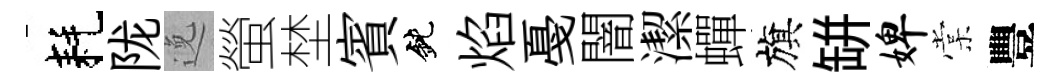
耗陇𨓜螢埜賓鈍焰戞闇潔蟬旗缾婢棠豐